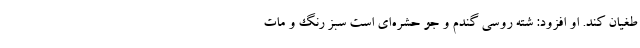
طغیان کند. او افزود: شته روسی گندم و جو حشره‌ای است سبز رنگ و مات